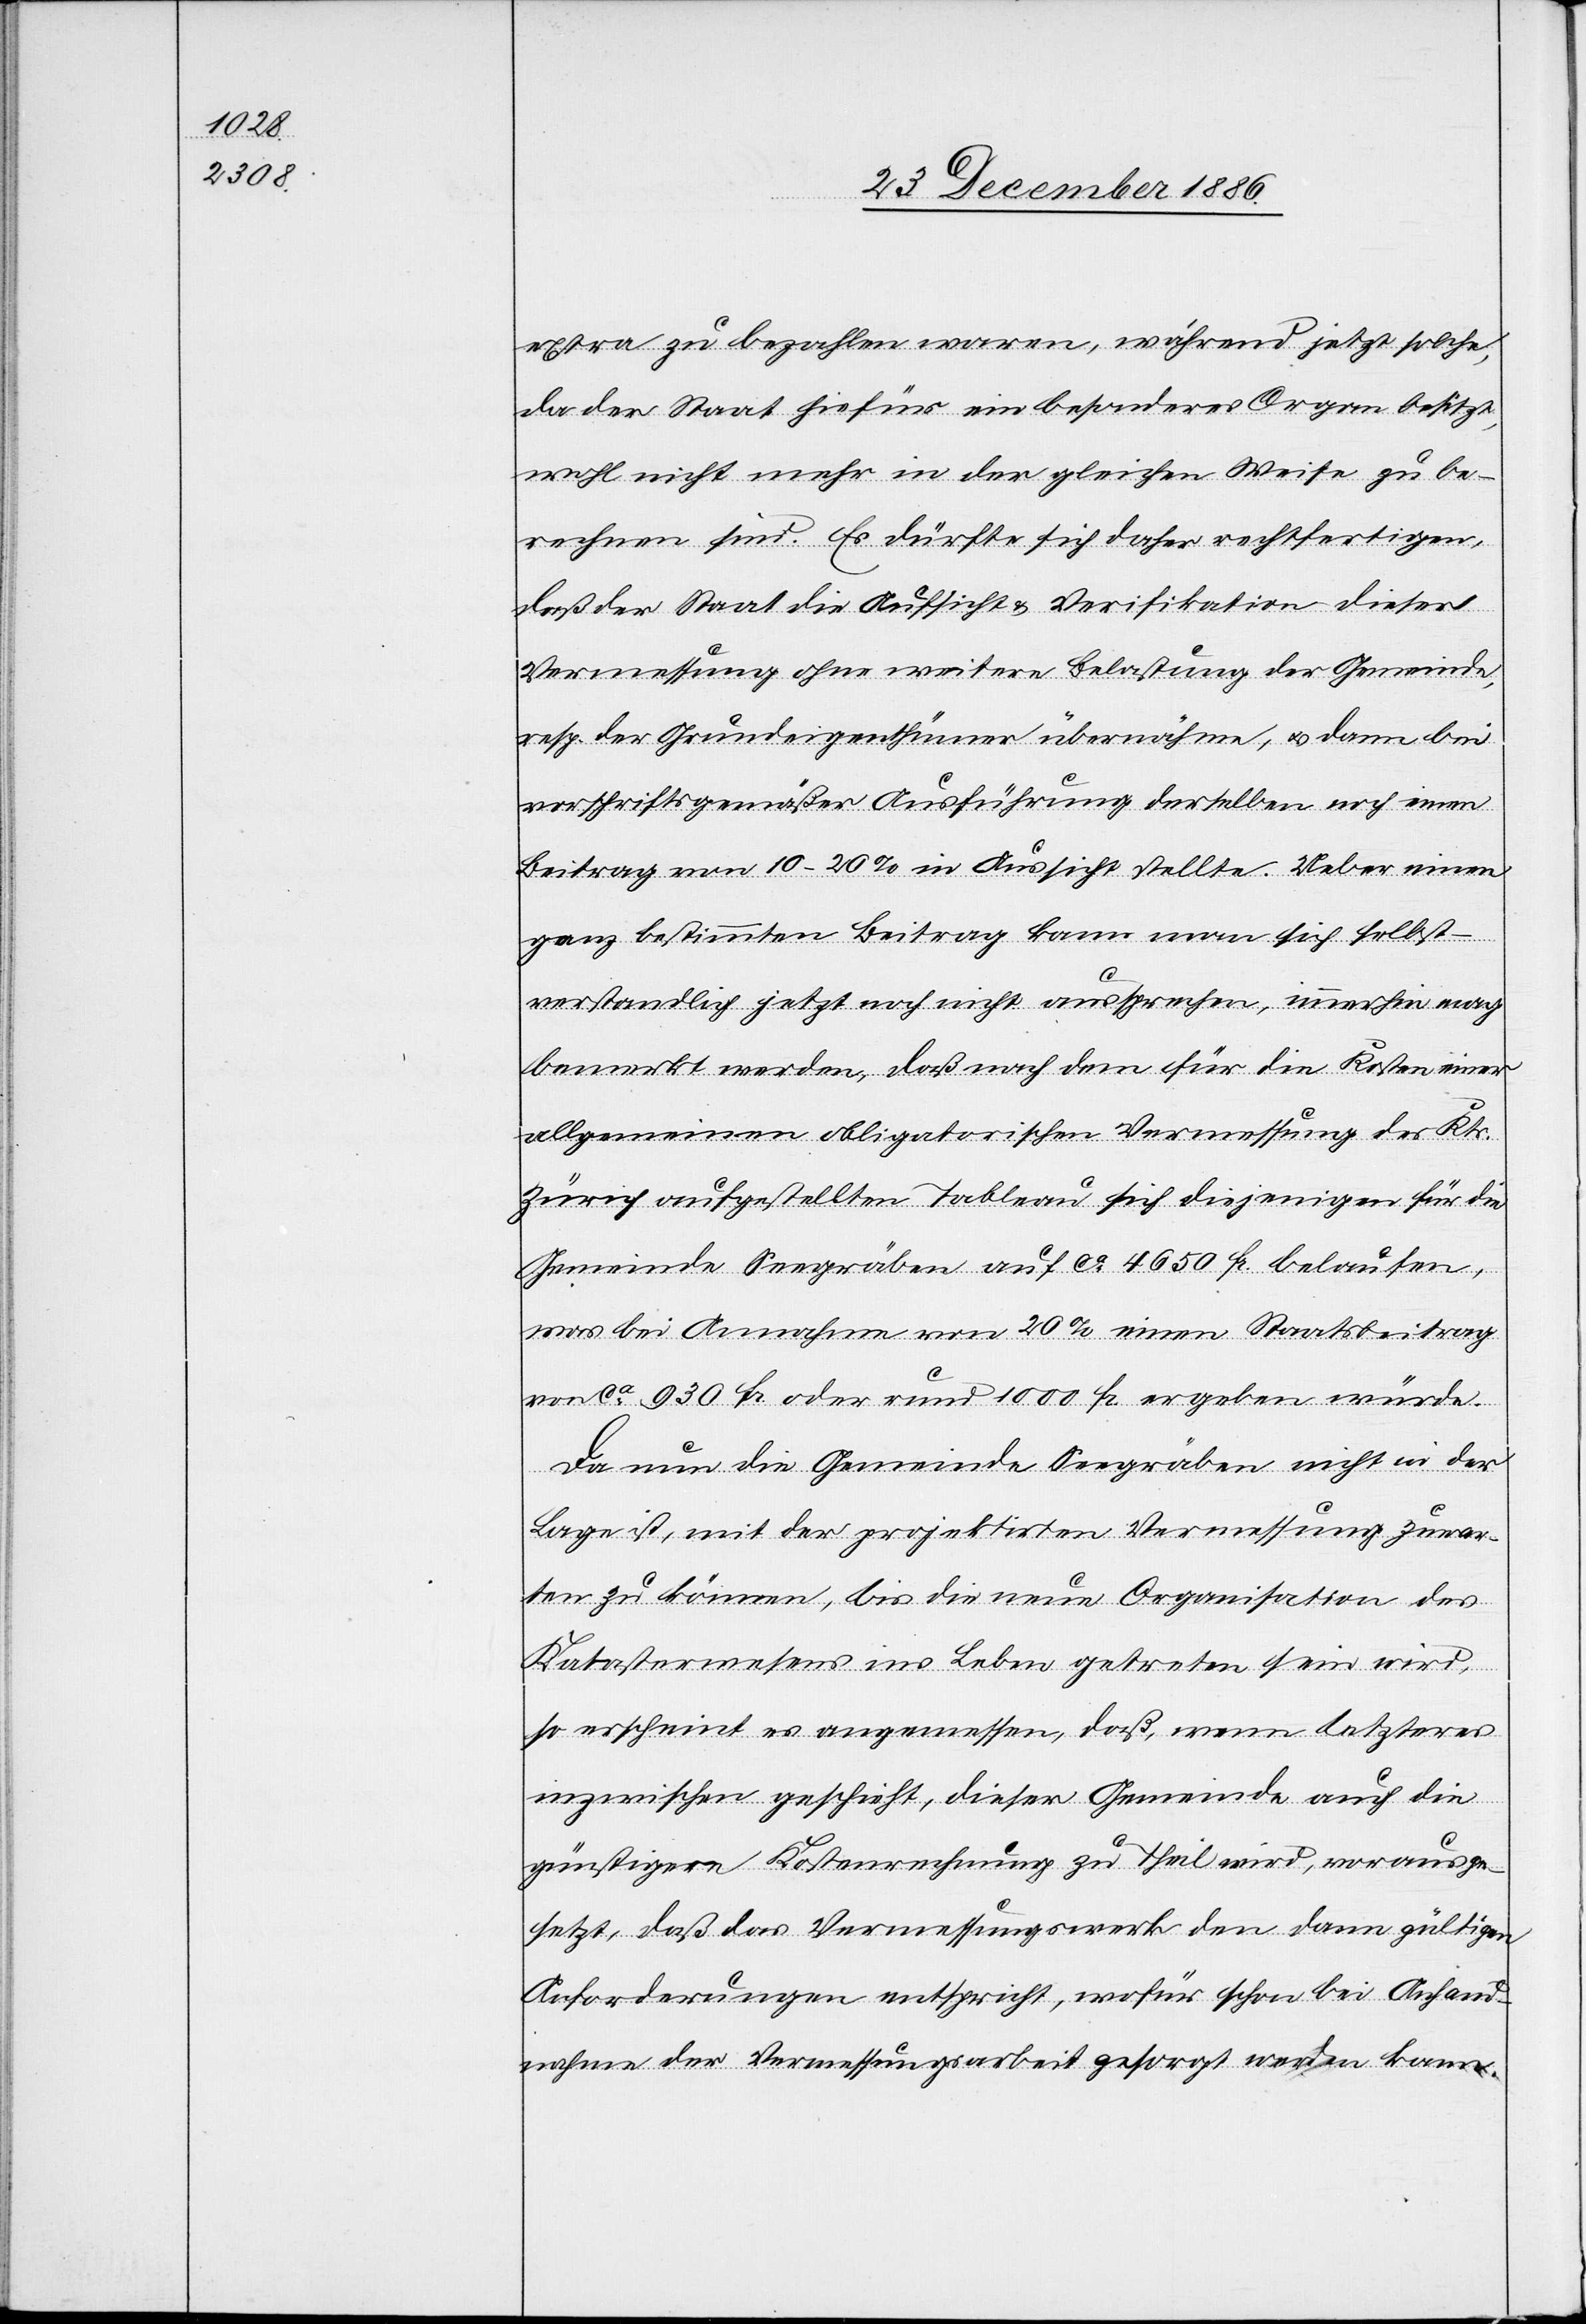
extra zu bezahlen waren, während jetzt solche,
da der Staat hiefür ein besonderes Organ besitzt,
wohl nicht mehr in der gleichen Weise zu be¬
rechnen sind. Es dürfte sich daher rechtfertigen,
daß der Staat die Aufsicht & Verifikation dieser
Vermessung ohne weitere Belastung der Gemeinde,
resp. der Grundeigenthümer übernähme, & dann bei
vorschriftsgemäßer Ausführung derselben noch einen
Beitrag von 10–20% in Aussicht stellte. Ueber einen
ganz bestimmten Beitrag kann man sich selbst¬
verstandlich [sic!] jetzt noch nicht aussprechen, immerhin mag
bemerkt werden, daß nach dem für die Kosten einer
allgemeinen obligatorischen Vermessung des Kts.
Zürich aufgestellten Tableau sich diejenigen für die
Gemeinde Seegräben auf ca 4650 Fr. belaufen,
was bei Annahme von 20% einen Staatsbeitrag
von ca 930 Fr. oder rund 1000 Fr. ergeben würde.
Da nun die Gemeinde Seegräben nicht in der
Lage ist, mit der projektirten Vermessung zuwar¬
ten zu können, bis die neue Organisation des
Katasterwesens ins Leben getreten sein wird,
so erscheint es angemessen, daß, wenn letzteres
inzwischen geschieht, dieser Gemeinde auch die
günstigere Kostenrechnung zu Theil wird, vorausge¬
setzt, daß das Vermessungswerk den dann gültigen
Anforderungen entspricht, wofür schon bei Anhand¬
nahme der Vermessungsarbeit gesorgt werden kann.